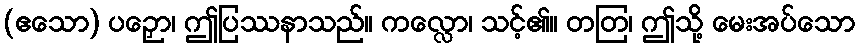
(ဧသော) ပဉှော၊ ဤပြဿနာသည်။ ကလ္လော၊ သင့်၏။ တတြ၊ ဤသို့ မေးအပ်သော